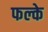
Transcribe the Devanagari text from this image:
फल्के